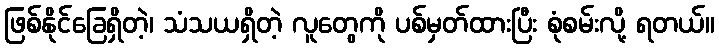
ဖြစ်နိုင်ခြေရှိတဲ့၊ သံသယရှိတဲ့ လူတွေကို ပစ်မှတ်ထားပြီး စုံစမ်းလို့ ရတယ်။